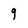
Character: 9